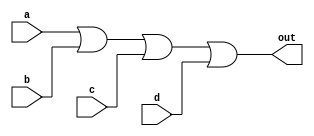
module four_input_or_gate (
    input a,
    input b,
    input c,
    input d,
    output out
);

assign out = a | b | c | d;

endmodule